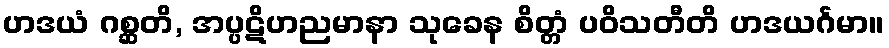
ဟဒယံ ဂစ္ဆတိ, အပ္ပဋိဟညမာနာ သုခေန စိတ္တံ ပဝိသတီတိ ဟဒယင်္ဂမာ။